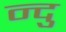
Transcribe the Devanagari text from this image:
न्दु